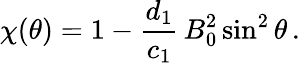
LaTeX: \chi(\theta)=1-\frac{d_{1}}{c_{1}}\, B_{0}^{2}\sin^{2}\theta\, .